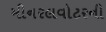
મીનરલવોટરની